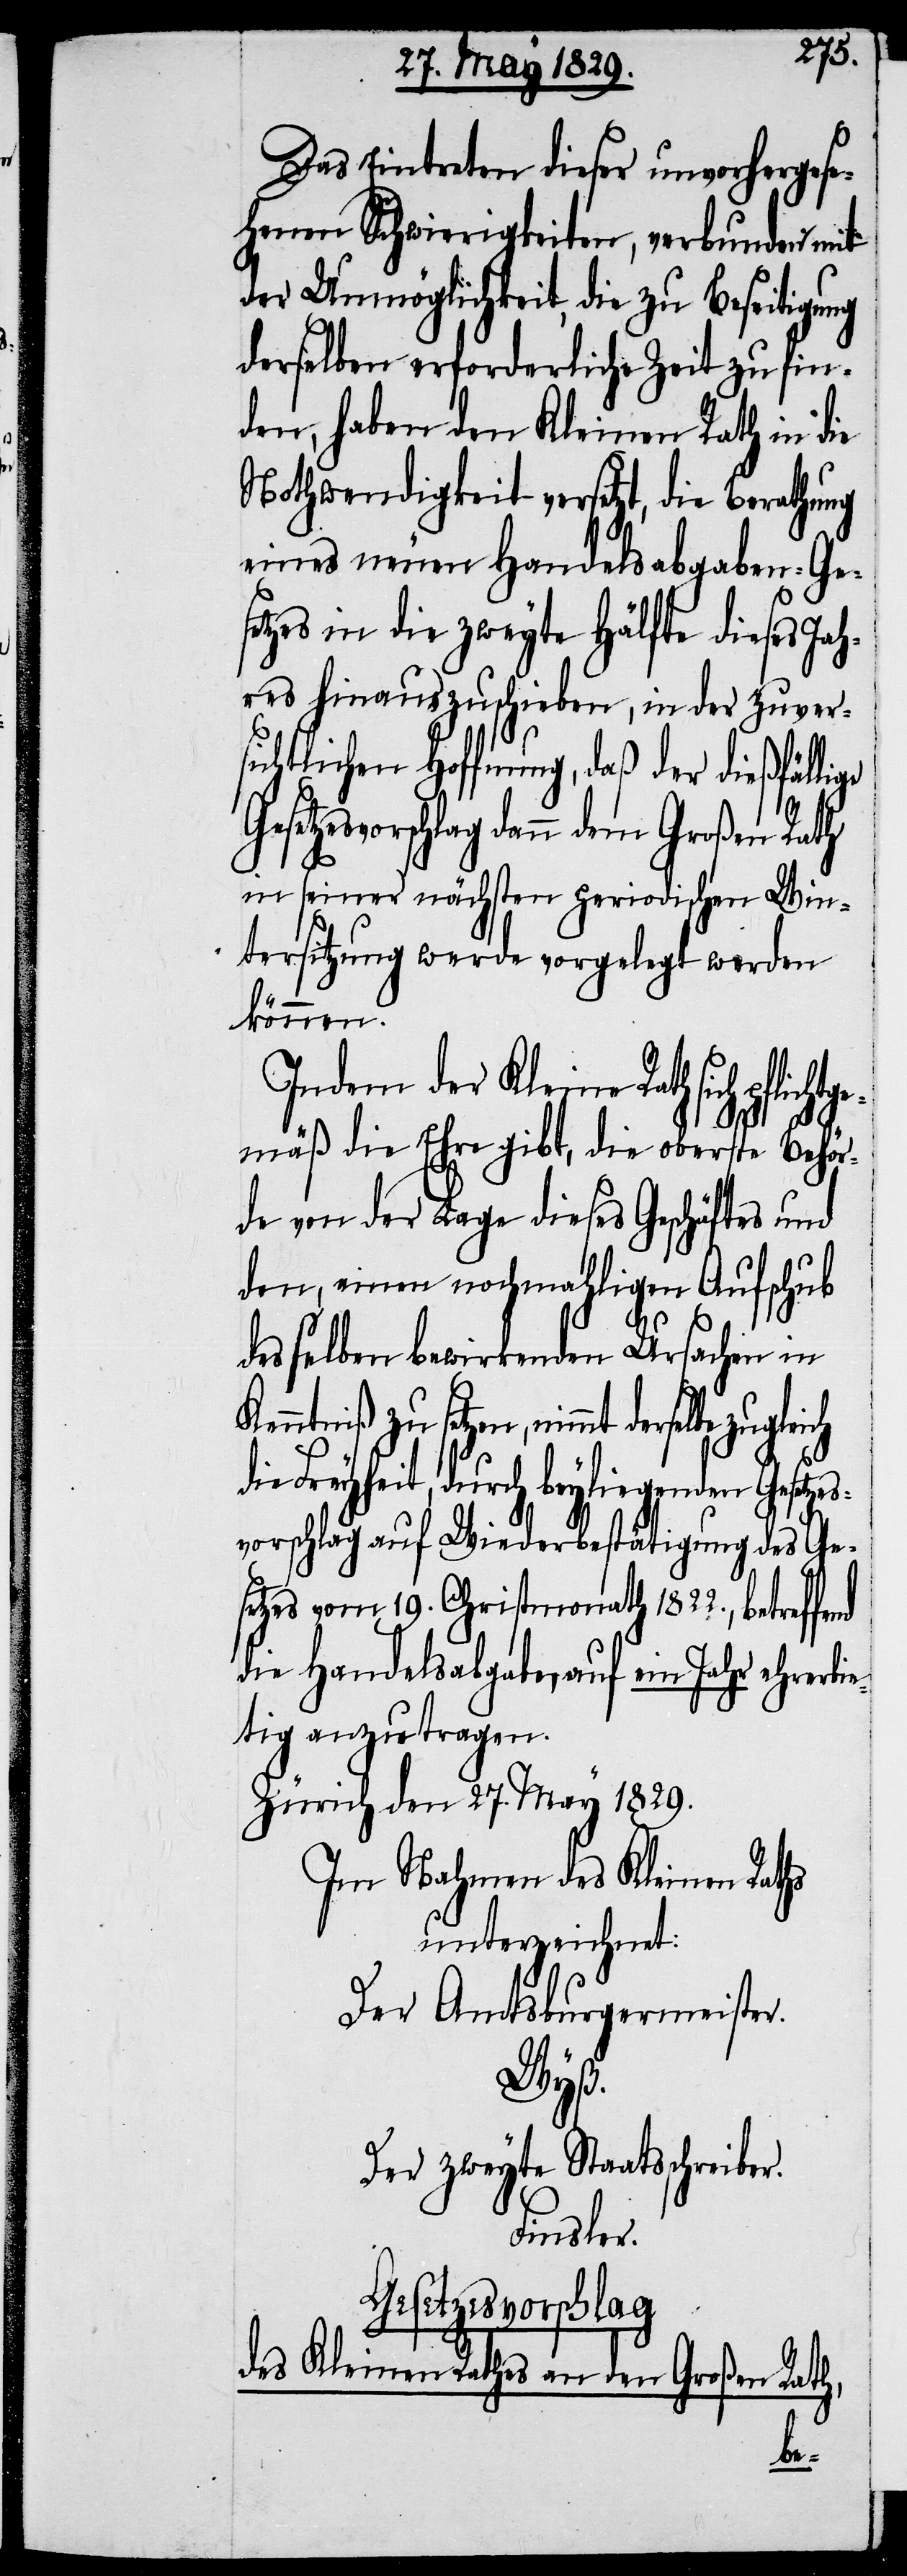
Das Eintreten dieser unvorhergese¬
henen Schwierigkeiten, verbunden mit
der Unmöglichkeit, die zu Beseitigung
derselben erforderliche Zeit zu fin¬
den, haben den Kleinen Rath in die
Nothwendigkeit versetzt, die Berathung
eines neuen Handelsabgaben-Ge¬
setzes in die zweyte Hälfte dieses Jah¬
res hinauszuschieben, in der zuvers¬
ichtlichen Hoffnung, daß der dießfälli¬
r.
Gesetzesvorschlag dann dem Großen Rath
in seiner nächsten periodischen Win¬
tersitzung werde vorgelegt werden
können.
Indem der Kleine Rath sich p¬
mäß die Ehre gibt, die oberste Behör¬
de von der Lage dieses Geschäfts und
den einen nochmahligen Aufschub
desselben bewirkenden Ursachen in
Kenntniß zu setzen, nimmt derselbe
die Freyheit, durch beyliegenden Gesetzes¬
vorschlag auf Wiederbestätigung des Ge¬
setzes vom 19. Christmonath 1822., betreff¬
die Handelsabgabe, auf ein Jahr ehrerbie¬
tig anzutragen.
Zürich den 27. May 1829.
Im Nahmen des Kleinen Raths
unterzeichnet:
Der Amtsburgermeister.
Wyß.
Der zweyte Staatschreibe¬
Finsler.
Gesetzesvorschlag
des Kleinen Rathes an den Großen Rath,
fli¬